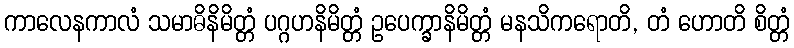
ကာလေနကာလံ သမာဓိနိမိတ္တံ ပဂ္ဂဟနိမိတ္တံ ဥပေက္ခာနိမိတ္တံ မနသိကရောတိ, တံ ဟောတိ စိတ္တံ